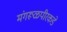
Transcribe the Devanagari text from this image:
मंगरूळपीरकडे